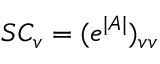
S C _ { v } = ( e ^ { | A | } ) _ { v v }